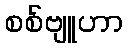
စစ်ဗျူဟာ